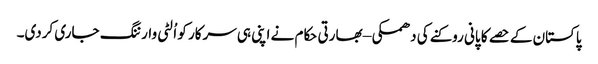
پاکستان کے حصے کا پانی روکنے کی دھمکی – بھارتی حکام نے اپنی ہی سرکار کو اُلٹی وارننگ جاری کردی۔